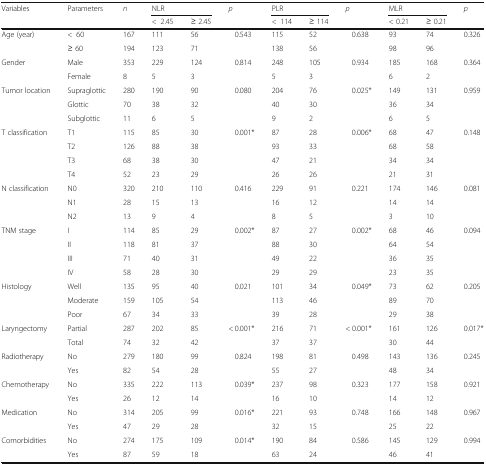
<table><thead><tr><td rowspan="2"><b>Variables</b></td><td rowspan="2"><b>Parameters</b></td><td rowspan="2"><b><i>n</i></b></td><td colspan="2"><b>NLR</b></td><td rowspan="2"><b><i>p</i></b></td><td colspan="2"><b>PLR</b></td><td rowspan="2"><b><i>p</i></b></td><td colspan="2"><b>MLR</b></td><td rowspan="2"><b><i>p</i></b></td></tr><tr><td><b>&lt;2.45</b></td><td><b>≥ 2.45</b></td><td><b>&lt;114</b></td><td><b>≥ 114</b></td><td><b>&lt; 0.21</b></td><td><b>≥ 0.21</b></td></tr></thead><tbody><tr><td rowspan="2">Age (year)</td><td>&lt;60</td><td>167</td><td>111</td><td>56</td><td rowspan="2">0.543</td><td>115</td><td>52</td><td rowspan="2">0.638</td><td>93</td><td>74</td><td rowspan="2">0.326</td></tr><tr><td>≥ 60</td><td>194</td><td>123</td><td>71</td><td>138</td><td>56</td><td>98</td><td>96</td></tr><tr><td rowspan="2">Gender</td><td>Male</td><td>353</td><td>229</td><td>124</td><td rowspan="2">0.814</td><td>248</td><td>105</td><td rowspan="2">0.934</td><td>185</td><td>168</td><td rowspan="2">0.364</td></tr><tr><td>Female</td><td>8</td><td>5</td><td>3</td><td>5</td><td>3</td><td>6</td><td>2</td></tr><tr><td rowspan="3">Tumor location</td><td>Supraglottic</td><td>280</td><td>190</td><td>90</td><td rowspan="3">0.080</td><td>204</td><td>76</td><td rowspan="3">0.025*</td><td>149</td><td>131</td><td rowspan="3">0.959</td></tr><tr><td>Glottic</td><td>70</td><td>38</td><td>32</td><td>40</td><td>30</td><td>36</td><td>34</td></tr><tr><td>Subglottic</td><td>11</td><td>6</td><td>5</td><td>9</td><td>2</td><td>6</td><td>5</td></tr><tr><td rowspan="4">T classification</td><td>T1</td><td>115</td><td>85</td><td>30</td><td rowspan="4">0.001*</td><td>87</td><td>28</td><td rowspan="4">0.006*</td><td>68</td><td>47</td><td rowspan="4">0.148</td></tr><tr><td>T2</td><td>126</td><td>88</td><td>38</td><td>93</td><td>33</td><td>68</td><td>58</td></tr><tr><td>T3</td><td>68</td><td>38</td><td>30</td><td>47</td><td>21</td><td>34</td><td>34</td></tr><tr><td>T4</td><td>52</td><td>23</td><td>29</td><td>26</td><td>26</td><td>21</td><td>31</td></tr><tr><td rowspan="3">N classification</td><td>N0</td><td>320</td><td>210</td><td>110</td><td rowspan="3">0.416</td><td>229</td><td>91</td><td rowspan="3">0.221</td><td>174</td><td>146</td><td rowspan="3">0.081</td></tr><tr><td>N1</td><td>28</td><td>15</td><td>13</td><td>16</td><td>12</td><td>14</td><td>14</td></tr><tr><td>N2</td><td>13</td><td>9</td><td>4</td><td>8</td><td>5</td><td>3</td><td>10</td></tr><tr><td rowspan="4">TNM stage</td><td>I</td><td>114</td><td>85</td><td>29</td><td rowspan="4">0.002*</td><td>87</td><td>27</td><td rowspan="4">0.002*</td><td>68</td><td>46</td><td rowspan="4">0.094</td></tr><tr><td>II</td><td>118</td><td>81</td><td>37</td><td>88</td><td>30</td><td>64</td><td>54</td></tr><tr><td>III</td><td>71</td><td>40</td><td>31</td><td>49</td><td>22</td><td>36</td><td>35</td></tr><tr><td>IV</td><td>58</td><td>28</td><td>30</td><td>29</td><td>29</td><td>23</td><td>35</td></tr><tr><td rowspan="3">Histology</td><td>Well</td><td>135</td><td>95</td><td>40</td><td rowspan="3">0.021</td><td>101</td><td>34</td><td rowspan="3">0.049*</td><td>73</td><td>62</td><td rowspan="3">0.205</td></tr><tr><td>Moderate</td><td>159</td><td>105</td><td>54</td><td>113</td><td>46</td><td>89</td><td>70</td></tr><tr><td>Poor</td><td>67</td><td>34</td><td>33</td><td>39</td><td>28</td><td>29</td><td>38</td></tr><tr><td rowspan="2">Laryngectomy</td><td>Partial</td><td>287</td><td>202</td><td>85</td><td rowspan="2">&lt; 0.001*</td><td>216</td><td>71</td><td rowspan="2">&lt; 0.001*</td><td>161</td><td>126</td><td rowspan="2">0.017*</td></tr><tr><td>Total</td><td>74</td><td>32</td><td>42</td><td>37</td><td>37</td><td>30</td><td>44</td></tr><tr><td rowspan="2">Radiotherapy</td><td>No</td><td>279</td><td>180</td><td>99</td><td rowspan="2">0.824</td><td>198</td><td>81</td><td rowspan="2">0.498</td><td>143</td><td>136</td><td rowspan="2">0.245</td></tr><tr><td>Yes</td><td>82</td><td>54</td><td>28</td><td>55</td><td>27</td><td>48</td><td>34</td></tr><tr><td rowspan="2">Chemotherapy</td><td>No</td><td>335</td><td>222</td><td>113</td><td rowspan="2">0.039*</td><td>237</td><td>98</td><td rowspan="2">0.323</td><td>177</td><td>158</td><td rowspan="2">0.921</td></tr><tr><td>Yes</td><td>26</td><td>12</td><td>14</td><td>16</td><td>10</td><td>14</td><td>12</td></tr><tr><td rowspan="2">Medication</td><td>No</td><td>314</td><td>205</td><td>99</td><td rowspan="2">0.016*</td><td>221</td><td>93</td><td rowspan="2">0.748</td><td>166</td><td>148</td><td rowspan="2">0.967</td></tr><tr><td>Yes</td><td>47</td><td>29</td><td>28</td><td>32</td><td>15</td><td>25</td><td>22</td></tr><tr><td rowspan="2">Comorbidities</td><td>No</td><td>274</td><td>175</td><td>109</td><td rowspan="2">0.014*</td><td>190</td><td>84</td><td rowspan="2">0.586</td><td>145</td><td>129</td><td rowspan="2">0.994</td></tr><tr><td>Yes</td><td>87</td><td>59</td><td>18</td><td>63</td><td>24</td><td>46</td><td>41</td></tr></tbody></table>